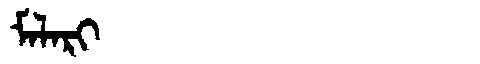
Manchu: ᠮᠠᠯᠠᡵᡳ
Romanization: MALARI